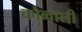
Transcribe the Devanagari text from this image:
कौव्वाली